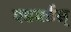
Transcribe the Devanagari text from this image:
एडवर्डस्‌